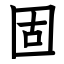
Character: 固